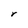
Character: r